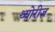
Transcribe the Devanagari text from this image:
थ्योरीज़